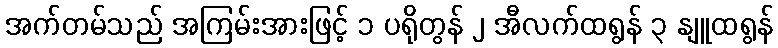
အက်တမ်သည် အကြမ်းအားဖြင့် ၁ ပရိုတွန် ၂ အီလက်ထရွန် ၃ နျူထရွန်